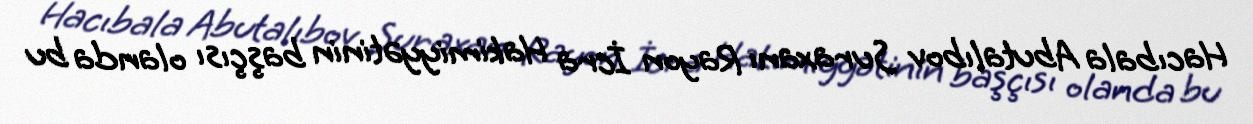
Hacıbala Abutalıbov Suraxanı Rayon İcra Hakimiyyətinin başçısı olanda bu